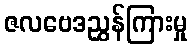
ဇလဗေဒညွှန်ကြားမှု